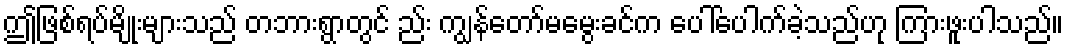
ဤဖြစ်ရပ်မျိုးများသည် တဘားရွာတွင် ည်း ကျွန်တော်မမွေးခင်က ပေါ်ပေါက်ခဲ့သည်ဟု ကြားဖူးပါသည်။